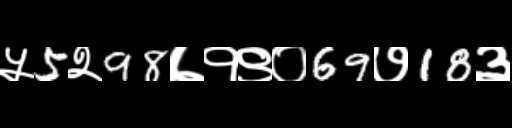
Text: ५5२98७१९०69७18३